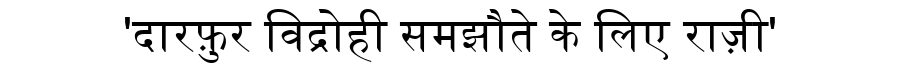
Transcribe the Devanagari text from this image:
'दारफ़ुर विद्रोही समझौते के लिए राज़ी'